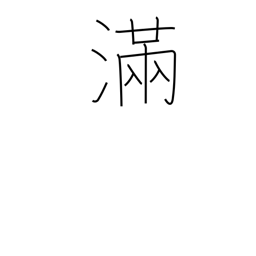
Meaning: satisfied